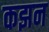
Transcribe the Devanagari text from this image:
कझन